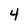
Character: 4